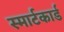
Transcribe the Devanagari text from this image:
स्मार्टकार्ड